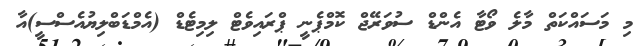
މި މަސައްކަތް މާލެ ވޯޓާ އެންޑް ސުވަރޭޖް ކޮމްޕެނީ ޕްރައިވެޓް ލިމިޓެޑް (އެމްޑަބްލިޔުއެސްސީ)އާ